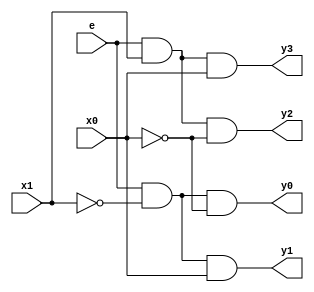
`timescale 1ns / 1ps
//////////////////////////////////////////////////////////////////////////////////
// Company: 
// Engineer: 
// 
// Design Name: 
// Module Name:    TwoToFourBitDecoder 
// Project Name: 
// Target Devices: 
// Tool versions: 
// Description: 
//
// Dependencies: 
//
// Revision: 
// Revision 0.01 - File Created
// Additional Comments: 
//
//////////////////////////////////////////////////////////////////////////////////
module TwoToFourBitDecoder(

input e,x0,x1,
output y0,y1,y2,y3
    );
	 
	 assign y0 = (e & ~x1 & ~x0);
	 assign y1 = (e & ~x1 & x0);
	 assign y2 = (e & x1 & ~x0);
	 assign y3 = (e & x1 & x0);


endmodule